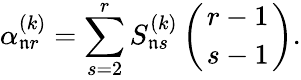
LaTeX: \alpha_{\mathfrak{n}r}^{(k)}=\sum_{s=2}^{r}S_{\mathfrak{n}s}^{(k)}\left(r-1\atop{s-1}\right).